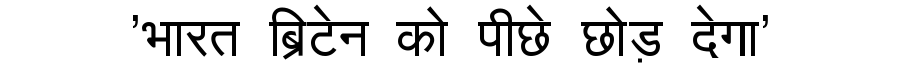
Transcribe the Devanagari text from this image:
'भारत ब्रिटेन को पीछे छोड़ देगा'